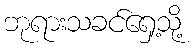
ဘုရားသခင်ရှေ့သို့